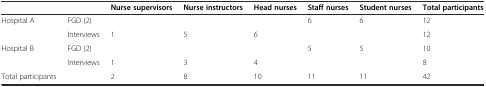
<table><thead><tr><td colspan="2"></td><td><b>Nurse supervisors</b></td><td><b>Nurse instructors</b></td><td><b>Head nurses</b></td><td><b>Staff nurses</b></td><td><b>Student nurses</b></td><td><b>Total participants</b></td></tr></thead><tbody><tr><td rowspan="2">Hospital A</td><td>FGD (2)</td><td></td><td></td><td></td><td>6</td><td>6</td><td>12</td></tr><tr><td>Interviews</td><td>1</td><td>5</td><td>6</td><td></td><td></td><td>12</td></tr><tr><td rowspan="2">Hospital B</td><td>FGD (2)</td><td></td><td></td><td></td><td>5</td><td>5</td><td>10</td></tr><tr><td>Interviews</td><td>1</td><td>3</td><td>4</td><td></td><td></td><td>8</td></tr><tr><td>Total participants</td><td></td><td>2</td><td>8</td><td>10</td><td>11</td><td>11</td><td>42</td></tr></tbody></table>